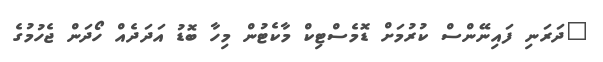
"ދަރަނި ފައިނޭންސް ކުރުމަށް ޑޮމެސްޓިކް މާކެޓުން މިހާ ބޮޑު އަދަދެއް ހޯދަން ޖެހުމުގެ